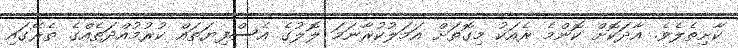
ކާށިތެެލެވެ. އާދަކޮށް ކޮންމެ ރެއަކު މިގޮތަށް އަމަލުކުރާނަމަ ލޮލުގެ އެސްފިޔަތައް ކުރުމުއްދަތެއްގެ ތެރޭގައި